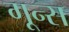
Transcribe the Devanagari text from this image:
गून्स